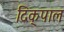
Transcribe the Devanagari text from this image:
दिक्‌पाल